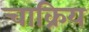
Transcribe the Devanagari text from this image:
चाक्रिय